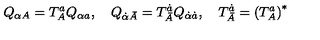
Q _ { \alpha A } = T _ { A } ^ { a } Q _ { \alpha a } , \quad Q _ { \dot { \alpha } \bar { A } } = T _ { \bar { A } } ^ { \dot { a } } Q _ { \dot { \alpha } \dot { a } } , \quad T _ { \bar { A } } ^ { \dot { a } } = \left( T _ { A } ^ { a } \right) ^ { * }